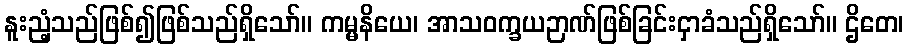
နူးညံ့သည်ဖြစ်၍ဖြစ်သည်ရှိသော်။ ကမ္မနိယေ၊ အာသဝက္ခယဉာဏ်ဖြစ်ခြင်းငှာခံသည်ရှိသော်။ ဌိတေ၊